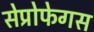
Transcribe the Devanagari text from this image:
सेप्रोफेगस